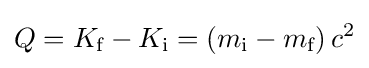
Q=K_{\text{f}}-K_{\text{i}}=(m_{\text{i}}-m_{\text{f}})\,c^{2}